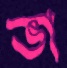
ভা